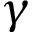
\gamma